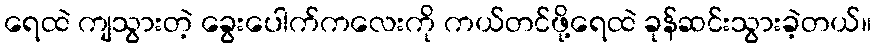
ရေထဲ ကျသွားတဲ့ ခွေးပေါက်ကလေးကို ကယ်တင်ဖို့ရေထဲ ခုန်ဆင်းသွားခဲ့တယ်။